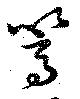
篙